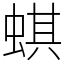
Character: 蜞